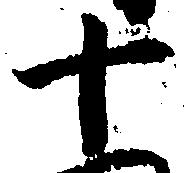
十